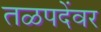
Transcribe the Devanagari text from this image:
तळपदेंवर